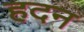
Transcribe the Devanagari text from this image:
हदन